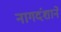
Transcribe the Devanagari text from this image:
नागदंशाने